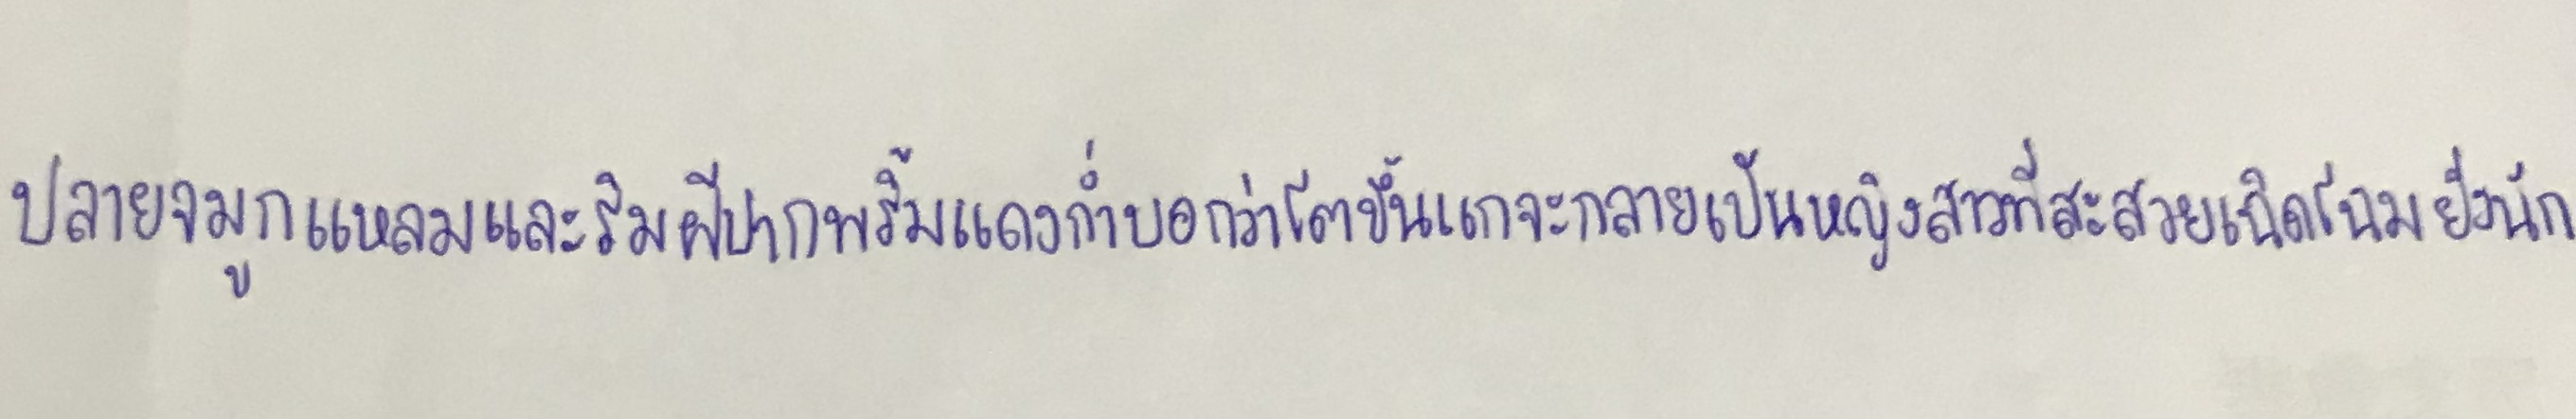
ปลายจมูกแหลมและริมฝีปากพริ้มแดงก่ำบอกว่าโตขึ้นแกจะกลายเป็นหญิงสาวที่สะสวยเฉิดโฉมยิ่งนัก